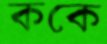
ককে